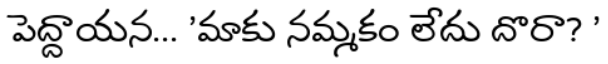
పెద్దాయన... 'మాకు నమ్మకం లేదు దొరా? '